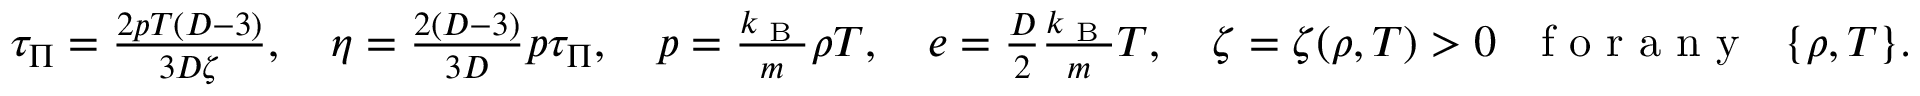
\begin{array} { r } { \tau _ { \Pi } = \frac { 2 p T ( D - 3 ) } { 3 D \zeta } , \quad \eta = \frac { 2 ( D - 3 ) } { 3 D } p \tau _ { \Pi } , \quad p = \frac { k _ { \textrm { B } } } { m } \rho T , \quad e = \frac { D } { 2 } \frac { k _ { \textrm { B } } } { m } T , \quad \zeta = \zeta ( \rho , T ) > 0 \ \ \textrm { f o r a n y } \ \ \{ \rho , T \} . } \end{array}